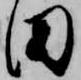
田